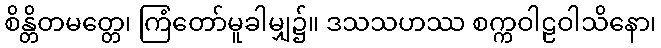
စိန္တိတမတ္တေ၊ ကြံတော်မူခါမျှ၌။ ဒသသဟဿ စက္ကဝါဠဝါသိနော၊